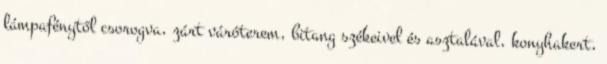
lámpafénytől csorogva, zárt váróterem, bitang székeivel és asztalával, konyhakert,